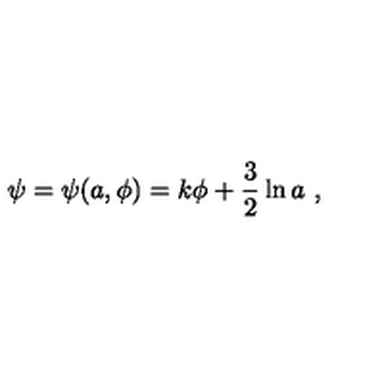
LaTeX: \psi = \psi ( a , \phi ) = k \phi + \frac { 3 } { 2 } \ln { a } \ ,